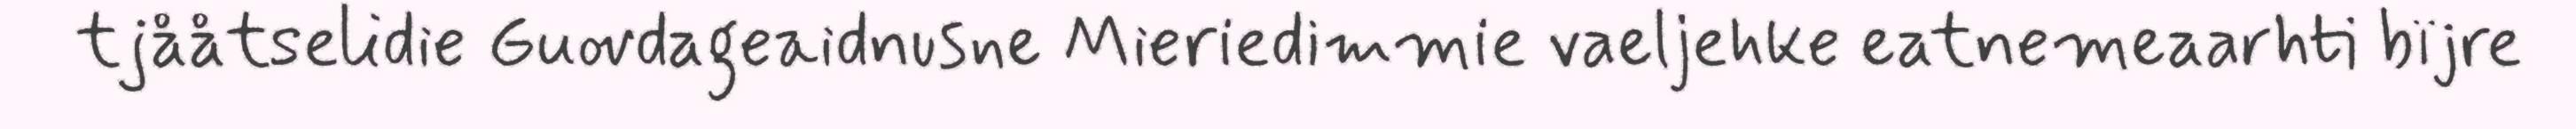
tjååtselidie Guovdageaidnusne Mieriedimmie vaeljehke eatnemeaarhti bïjre